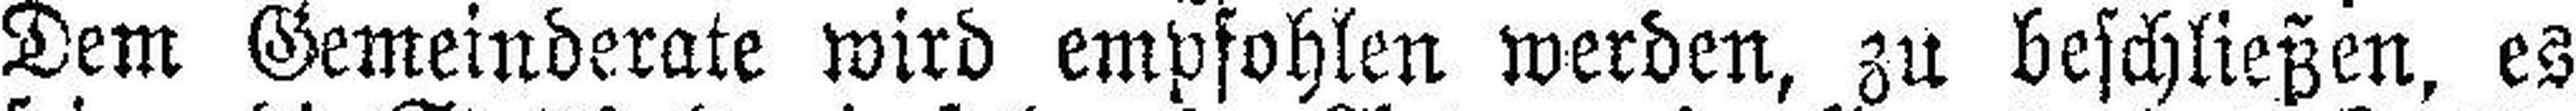
Dem Gemeinderate wird empfohlen werden, zu beschließen, es